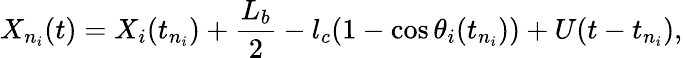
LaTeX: X_{n_{i}}(t)=X_{i}(t_{n_{i}})+\frac{L_{b}}{2}-l_{c}(1-\cos\theta_{i}(t_{n_{i}}))+U(t-t_{n_{i}}),